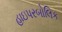
હાઇપરબોલિક